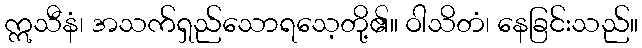
ဣသီနံ၊ အသက်ရှည်သောရသေ့တို့၏။ ဝါသိတံ၊ နေခြင်းသည်။